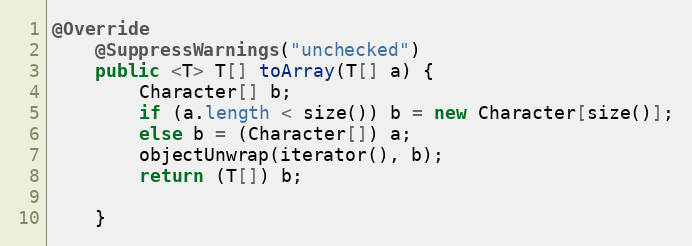
Language: Java
@Override
    @SuppressWarnings("unchecked")
    public <T> T[] toArray(T[] a) {
        Character[] b;
        if (a.length < size()) b = new Character[size()];
        else b = (Character[]) a;
        objectUnwrap(iterator(), b);
        return (T[]) b;

    }